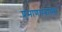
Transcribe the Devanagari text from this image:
प्रमाणपत्राच्या